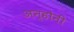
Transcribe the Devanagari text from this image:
अन्होनी